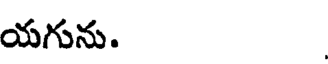
యగును.